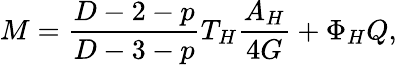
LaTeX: M=\frac{D-2-p}{D-3-p}T_{H}\frac{A_{H}}{4G}+\Phi_{H}Q,